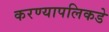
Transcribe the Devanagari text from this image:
करण्यापलिकडे